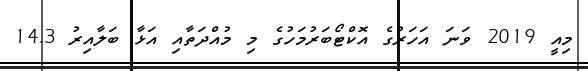
މިއީ 2019 ވަނަ އަހަރުގެ އޮކްޓޯބަރުމަހުގެ މި މުއްދަތާއި އަޅާ ބަލާއިރު 14.3